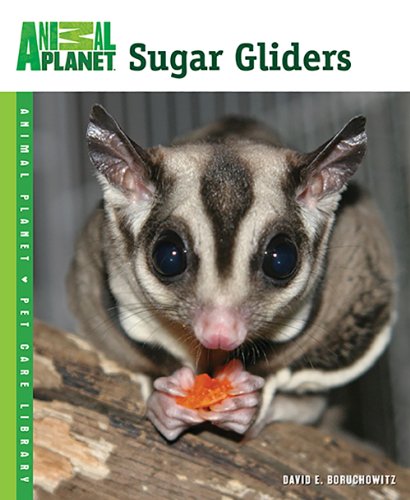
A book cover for Sugar Gliders (Animal PlanetÂ® Pet Care Library); David E. Boruchowitz; Crafts, Hobbies & Home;